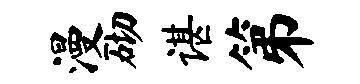
漫砌谌第